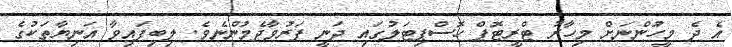
އެ ދެ މީހުންނަށް މިހާރު ޓްރީޓޮޕް ހޮސްޕިޓަލުގައި ދަނީ ފަރުވާދެމުންނެވެ. ލިބިފައިވާ އަނިޔާތަކުގެ